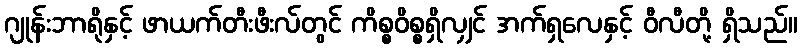
ဂျုန်းဘာရိုနှင့် ဖာယက်တီးဖီးလ်တွင် ကိစ္စဝိစ္စရှိလျှင် အက်ရှလေနှင့် ဝီလီတို့ ရှိသည်။